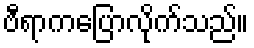
ဗီရာကပြောလိုက်သည်။